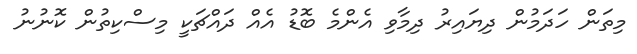
މިތަން ހަދަމުން ދިޔައިރު ދިމާވި އެންމެ ބޮޑު އެއް ދައްޗަކީ މިސްކިތުން ކޮނުނު